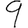
Digit: 9